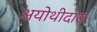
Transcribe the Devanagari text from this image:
अयोथीदास